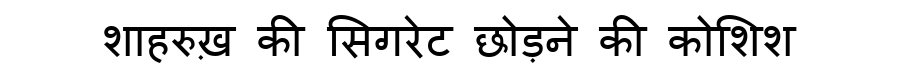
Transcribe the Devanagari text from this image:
शाहरुख़ की सिगरेट छोड़ने की कोशिश